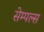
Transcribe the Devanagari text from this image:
सेम्पल्स